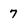
Character: 7